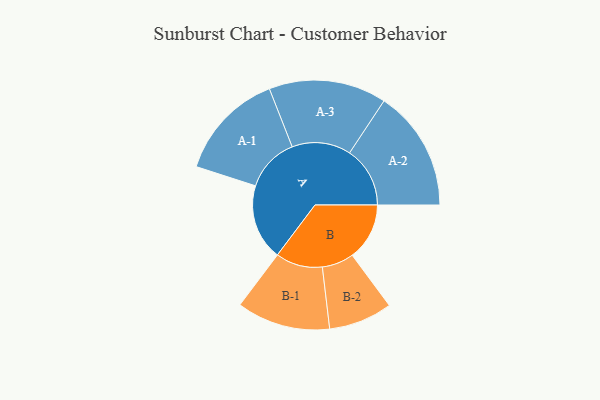
{"axis": {"x": "Segment", "y": "Value"}, "legend": ["", "A", "B"], "data": [{"x": "A", "y": 329, "type": ""}, {"x": "B", "y": 248, "type": ""}, {"x": "A-1", "y": 235, "type": "A"}, {"x": "A-2", "y": 262, "type": "A"}, {"x": "A-3", "y": 255, "type": "A"}, {"x": "B-1", "y": 203, "type": "B"}, {"x": "B-2", "y": 138, "type": "B"}]}